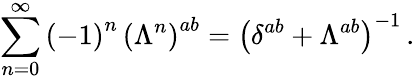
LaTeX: \sum_{n=0}^{\infty}\left(-1\right)^{n}\, \left(\Lambda^{n}\right)^{ab}=\left(\delta^{ab}+\Lambda^{ab}\right)^{-1}\, .